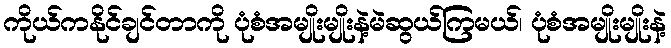
ကိုယ်ကနိုင်ချင်တာကို ပုံစံအမျိုးမျိုးနဲ့မဲဆွယ်ကြမယ်၊ ပုံစံအမျိုးမျိုးနဲ့